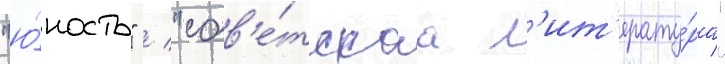
"ю́ность" / "сов'е́тскаа л'ит'ерату́ра"